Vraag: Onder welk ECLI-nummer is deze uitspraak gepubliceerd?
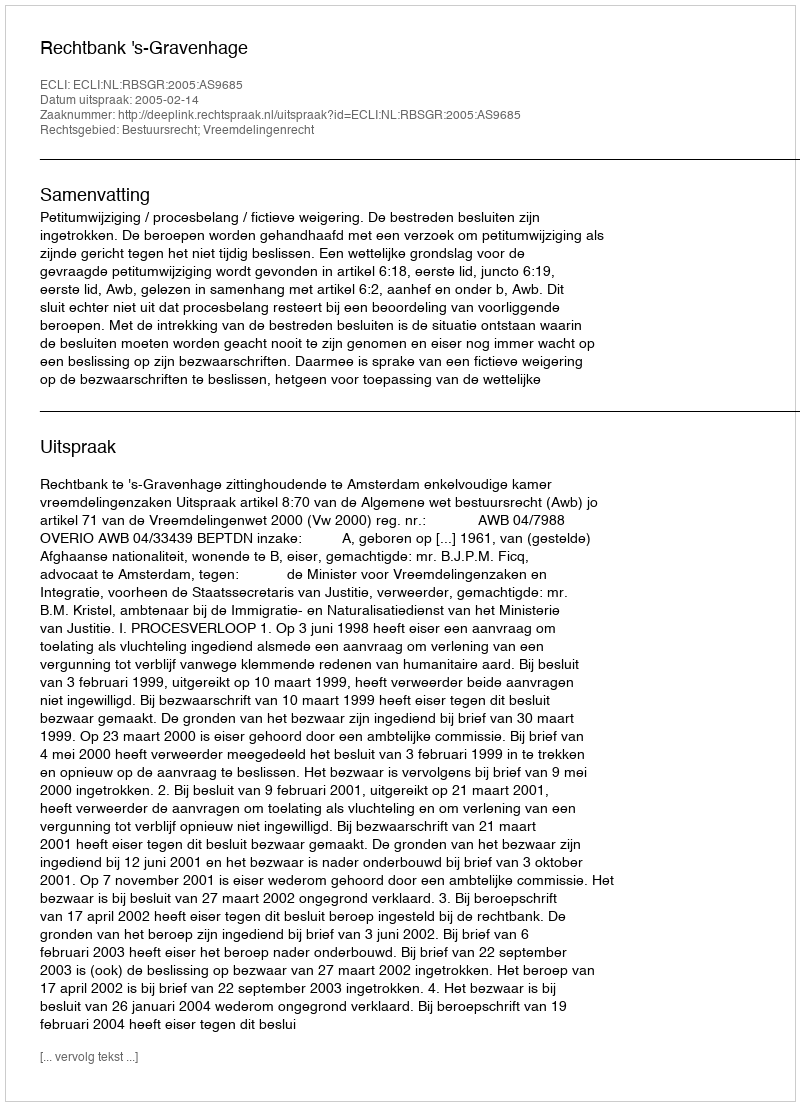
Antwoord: ECLI:NL:RBSGR:2005:AS9685